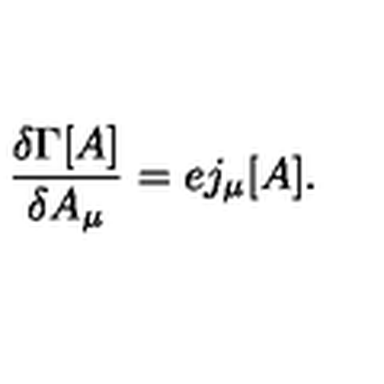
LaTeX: \frac { \delta \Gamma [ A ] } { \delta A _ { \mu } } = e j _ { \mu } [ A ] .